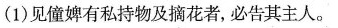
(1)见僮婢有私持物及摘花者，必告其主人。